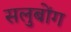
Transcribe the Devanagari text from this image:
सलुबोंग